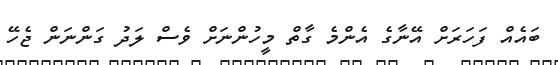
ބައެއް ފަހަރަށް އޭނާގެ އެންމެ ގާތް މީހުންނަށް ވެސް ލަދު ގަންނަން ޖެހޭ